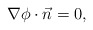
\begin{align*} \nabla \phi\cdot \vec{n}=0, \end{align*}